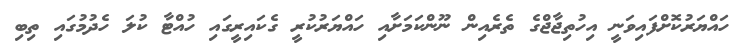
ހައްޔަރުކޮށްފައިވަނީ އިހުތިޖާޖްގެ ތެރެއިން ނޫންކަމަށާއި ހައްޔަރުކުރީ ގެކައިރީގައި ހުއްޓާ ކުލަ ހެދުމުގައި ތިބި